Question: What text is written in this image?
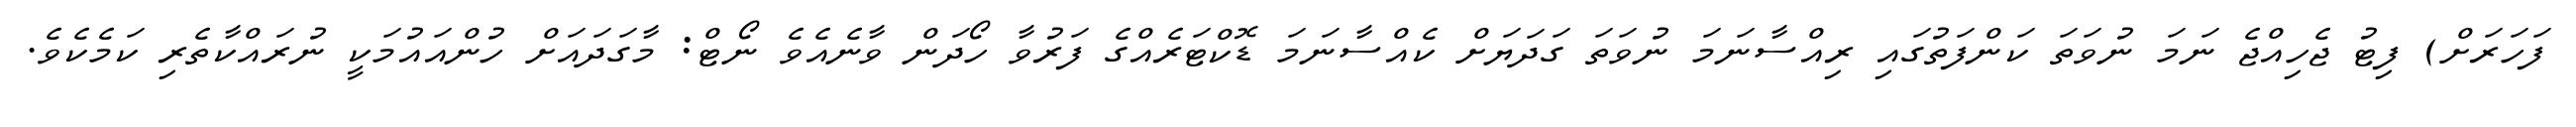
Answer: ފަހަރަށް) ފިޓު ޖެހިއްޖެ ނަމަ ނުވަތަ ކަންފަތުގައި ރިއްސާނަމަ ނުވަތަ ގަދަޔަށް ކެއްސާނަމަ ޑޮކްޓަރެއްގެ ފަރުވާ ހޯދަން ވާނެއެވެ ނޯޓް: މާގަދައަށް ހުންއައުމަކީ ނުރައްކާތެރި ކަމެކެވެ.